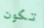
تكون